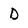
Character: D